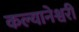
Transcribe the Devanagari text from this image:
कल्यानेश्वरी